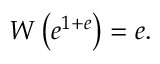
W \left( e ^ { 1 + e } \right) = e .